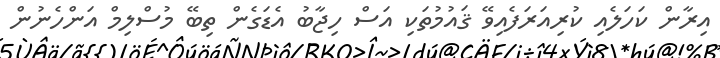
އިރާން ކަހަލެއި ކުރިއަރަފެއިވޭ ޤައުމުތަކި އަސް ހިޖާބު އެޑަގެން ތިބޭ މުސްލިމް އަންހެނުން